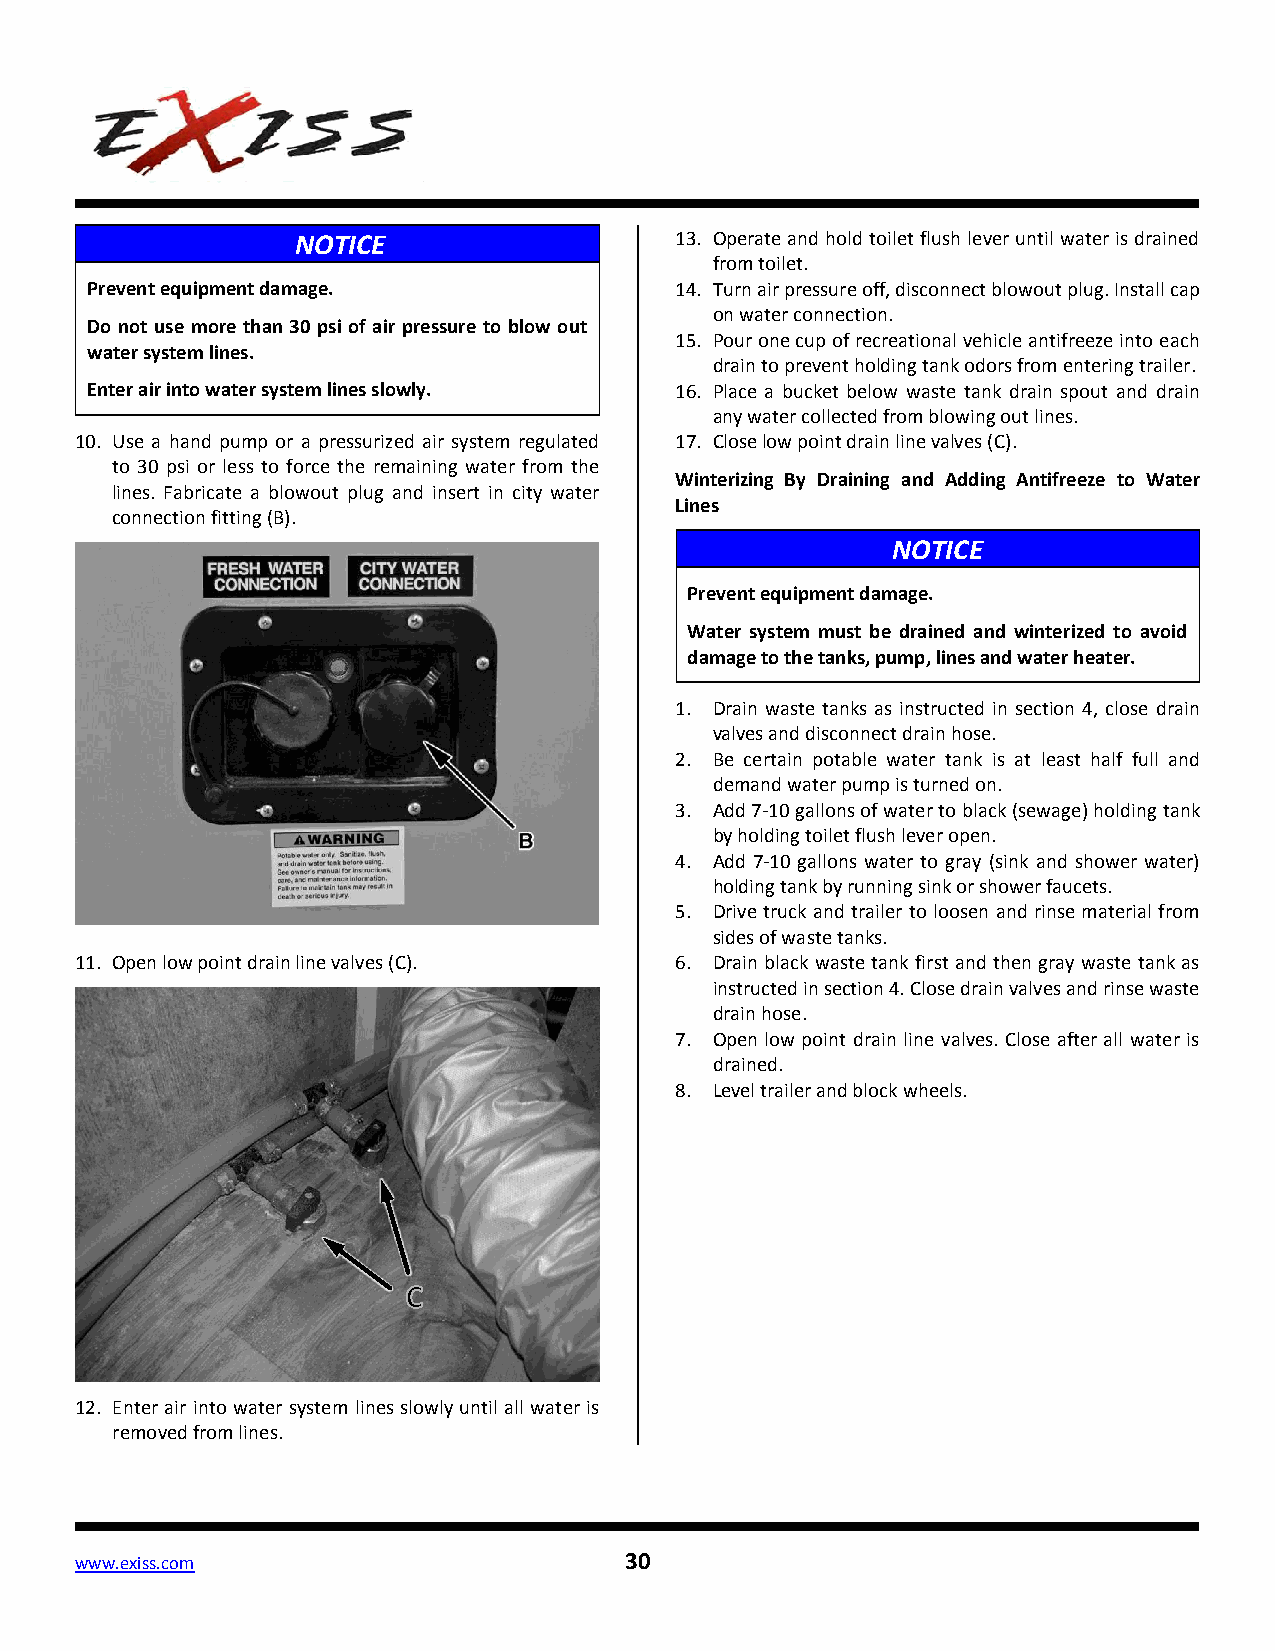
NOTICE                   13. Operate and hold toilet flush lever until water is drained
 from toilet.
 Prevent equipment damage.              14. Turn air pressure off, disconnect blowout plug. Install cap
 on water connection.
 Do not use more than 30 psi of air pressure to blow out
 15. Pour one cup of recreational vehicle antifreeze into each
 water system lines.
 drain to prevent holding tank odors from entering trailer.
 Enter air into water system lines slowly. 16. Place a bucket below waste tank drain spout and drain
 any water collected from blowing out lines.
 10. Use a hand pump or a pressurized air system regulated 17. Close low point drain line valves (C).
 to 30 psi or less to force the remaining water from the
 Winterizing By Draining and Adding Antifreeze to Water
 lines. Fabricate a blowout plug and insert in city water
 Lines
 connection fitting (B).
 NOTICE
 Prevent equipment damage.
 Water system must be drained and winterized to avoid
 damage to the tanks, pump, lines and water heater.
 1. Drain waste tanks as instructed in section 4, close drain
 valves and disconnect drain hose.
 2. Be certain potable water tank is at least half full and
 demand water pump is turned on.
 3. Add 7-10 gallons of water to black (sewage) holding tank
 by holding toilet flush lever open.
 4. Add 7-10 gallons water to gray (sink and shower water)
 holding tank by running sink or shower faucets.
 5. Drive truck and trailer to loosen and rinse material from
 sides of waste tanks.
 11. Open low point drain line valves (C). 6. Drain black waste tank first and then gray waste tank as
 instructed in section 4. Close drain valves and rinse waste
 drain hose.
 7. Open low point drain line valves. Close after all water is
 drained.
 8. Level trailer and block wheels.
 12. Enter air into water system lines slowly until all water is
 removed from lines.
 www.exiss.com                       30